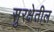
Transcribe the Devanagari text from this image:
सुरक्षेतील